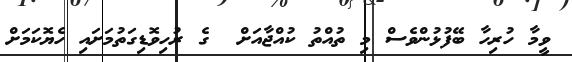
ވީމާ ހުރިހާ ބޭފުޅުންވެސް މި ތުއްތު ކުއްޖާއަށް  ގެ ރުހިވޮޑިގަތުމަށައި ހެޔޮކަމަށް